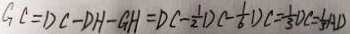
G C = D C - D H - G H = D C - \frac { 1 } { 2 } D C - \frac { 1 } { 6 } D C = \frac { 1 } { 3 } D C = \frac { 1 } { 3 } A D